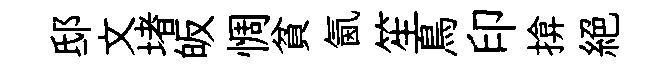
邸文堵皈惆貧氤笙鳥印揜絕